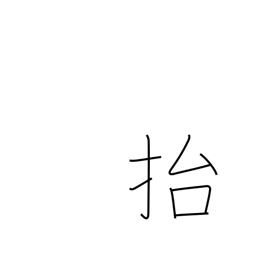
Meaning: lift